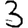
Digit: 3